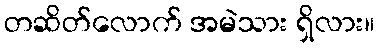
တဆိတ်လောက် အမဲသား ရှိလား။